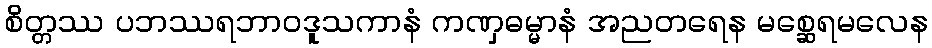
စိတ္တဿ ပဘဿရဘာဝဒူသကာနံ ကဏှဓမ္မာနံ အညတရေန မစ္ဆေရမလေန